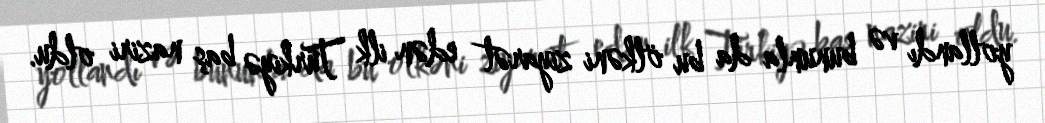
yollandı və bununla da bu ölkəni ziyarət edən ilk Türkiyə baş naziri oldu.